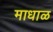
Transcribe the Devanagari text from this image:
माधाळ